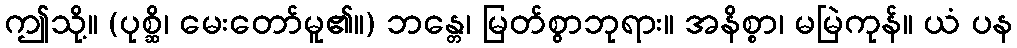
ဤသို့။ (ပုစ္ဆိ၊ မေးတော်မူ၏။) ဘန္တေ၊ မြတ်စွာဘုရား။ အနိစ္စာ၊ မမြဲကုန်။ ယံ ပန